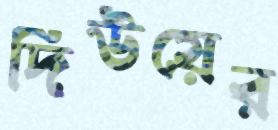
দিউয়ের